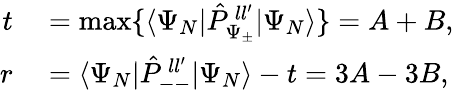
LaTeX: \begin{array}{rl}{t}&{{}=\operatorname*{max}\{ \langle\Psi_{N}|\hat{P}_{\Psi_{\pm}}^{\, ll^{\prime}}|\Psi_{N}\rangle\} =A+B,}\\ {r}&{{}=\langle\Psi_{N}|\hat{P}_{--}^{\, ll^{\prime}}|\Psi_{N}\rangle-t=3A-3B,}\end{array}